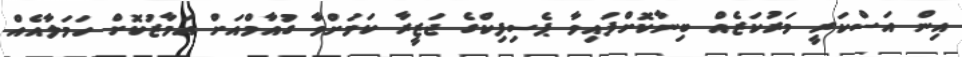
އިން އަސްކަރީ މަރުކަޒެއް ބިނާކޮށްފައިވާ ޕެސިފިކްގެ ޖަޒީރާ ކަމަށްވާ ގުއާމްއަށް އަމާޒުކޮށް ހަމަލާއެއް